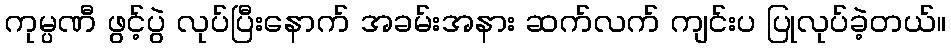
ကုမ္ပဏီ ဖွင့်ပွဲ လုပ်ပြီးနောက် အခမ်းအနား ဆက်လက် ကျင်းပ ပြုလုပ်ခဲ့တယ်။